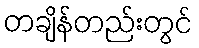
တချိန်တည်းတွင်